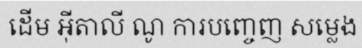
ដើម អ៊ីតាលី ណូ ការបញ្ចេញ សម្លេង